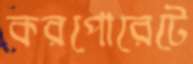
করপোরেটে